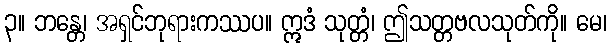
၃။ ဘန္တေ၊ အရှင်ဘုရားကဿပ။ ဣဒံ သုတ္တံ၊ ဤသတ္တဗလသုတ်ကို။ မေ၊